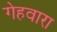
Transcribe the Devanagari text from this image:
गेहवारा